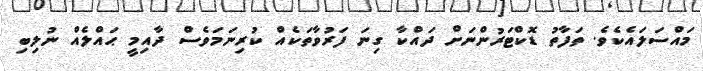
މައްސަލައެކެވެ. ތަފާތު ޑޮކްޓަރުންނަށް ދައްކާ ގިނަ ފަރުވާތަކެއް ކުރިނަމަވެސް ދާއިމީ ޙައްލެއް ނުލިބި